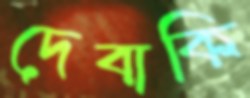
দেবাকি